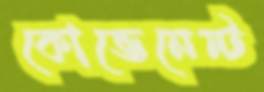
কোভেনেন্ট